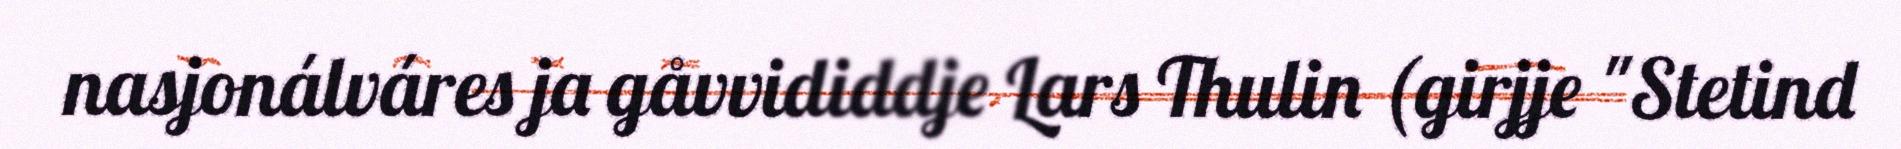
nasjonálváres ja gåvvididdje Lars Thulin (girjje "Stetind